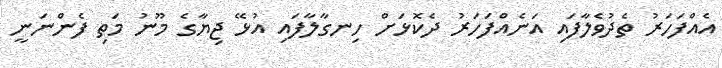
އެއްފަހަރު ތެދުވެލާފައި އަނެއްފަހަރު ދެކޮޅަށް ހިނގާލާފައި އުޅޭ ޖިޔާގެ މޫނު މަތި ފެންނަނީ